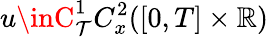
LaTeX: u\inC_{\mathcal{T}}^{1}C_{x}^{2}([0,T]\times\mathbb{{R}})